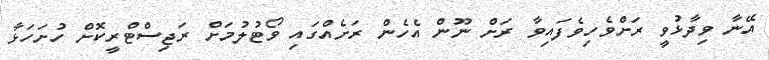
އޭނާ ވިދާޅުވީ ރަށްވެހިވެފައިވާ ރަށް ނޫން އެހެން ރަށެއްގައި ވޯޓުލުމަށް ރަޖިސްޓްރީކޮށް ހުށަހަޅާ